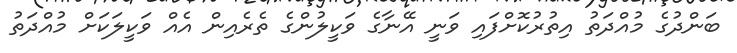
ބަންދުގެ މުއްދަތު އިތުރުކޮށްފައި ވަނީ އޭނާގެ ވަކީލުންގެ ތެރެއިން އެއް ވަކީލަކަށް މުއްދަތު